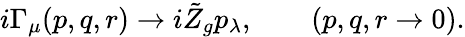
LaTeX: i\Gamma_{\mu}(p,q,r)\to i\tilde{Z}_{g}p_{\lambda},\qquad(p,q,r\to 0).